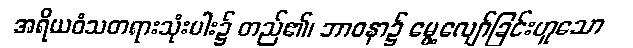
အရိယဝံသတရားသုံးပါး၌ တည်၏၊ ဘာဝနာ၌ မွေ့လျော်ခြင်းဟူသော